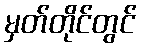
မှတ်တိုင်တွင်